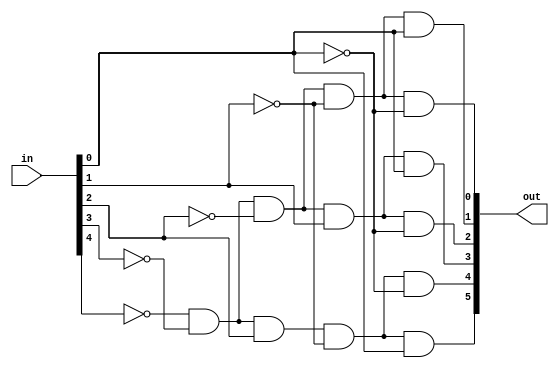
module decoder(in, out);
	
	input [4:0] in;   // opcode input
	output [5:0] out; // hot-line output
	
	wire [4:0] nin;   // not wire for input
	
	// **Generate nagetive opcode**
	genvar i;
	generate
		for (i = 0; i<=4; i=i+1)
		begin: not_input
			not (nin[i], in[i]);
		end
	endgenerate
	
	// **Decode each hot-line**
	and (out[0], nin[4], nin[3], nin[2], nin[1], nin[0]); // ADD Command
	and (out[1], nin[4], nin[3], nin[2], nin[1],  in[0]); // SUB Command
	and (out[2], nin[4], nin[3], nin[2],  in[1], nin[0]); // Bitwise AND
	and (out[3], nin[4], nin[3], nin[2],  in[1],  in[0]); // Bitwise OR
	and (out[4], nin[4], nin[3],  in[2], nin[1], nin[0]); // SLL
	and (out[5], nin[4], nin[3],  in[2], nin[1],  in[0]); // SDA
	
endmodule